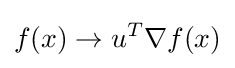
f(x)\rightarrow u^{T}\nabla f(x)